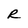
Character: R